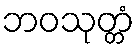
ဘဝသုတ္တံ